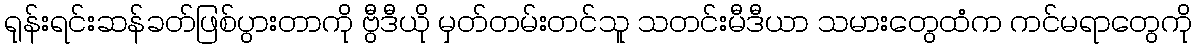
ရုန်းရင်းဆန်ခတ်ဖြစ်ပွားတာကို ဗွီဒီယို မှတ်တမ်းတင်သူ သတင်းမီဒီယာ သမားတွေထံက ကင်မရာတွေကို